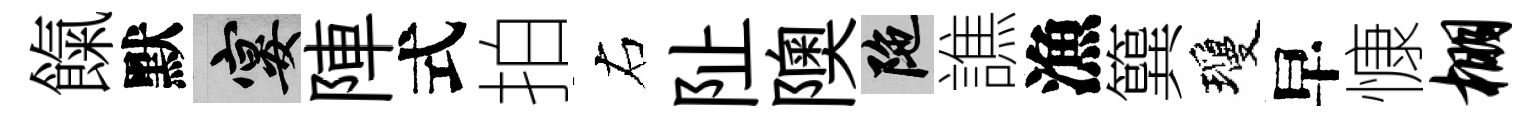
餼默宴陣式拍右阯隩陀譙漁簨瓊早慷棚